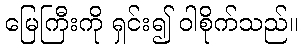
မြေကြီးကို ရှင်း၍ ဝါစိုက်သည်။